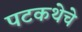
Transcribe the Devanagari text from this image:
पटकथेचे